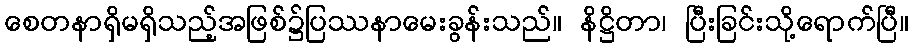
စေတနာရှိမရှိသည့်အဖြစ်၌ပြဿနာမေးခွန်းသည်။ နိဋ္ဌိတာ၊ ပြီးခြင်းသို့ရောက်ပြီ။